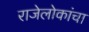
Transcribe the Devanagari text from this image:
राजेलोकांचा